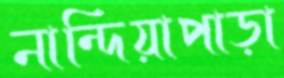
নান্দিয়াপাড়া